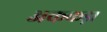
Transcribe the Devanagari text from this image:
अककड़ा